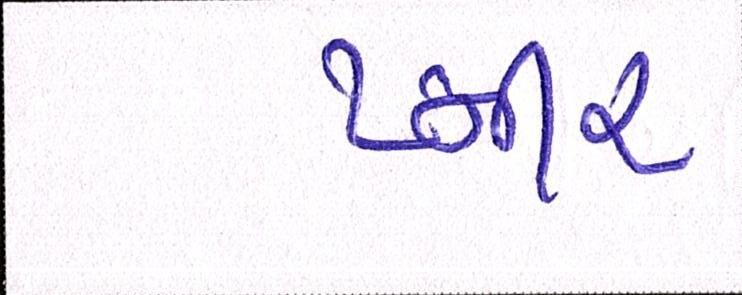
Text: પ્નીર